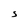
Character: S